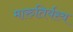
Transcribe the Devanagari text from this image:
मारुतिर्यस्य